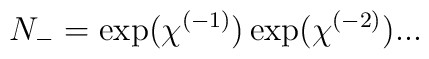
N_- = \exp (\chi^{(-1)} ) \exp (\chi^{(-2)} )  ...